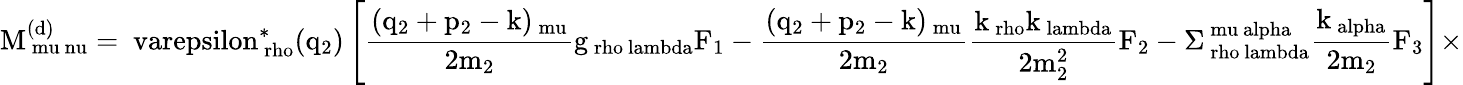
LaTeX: \mathrm{M_{\ mu\ nu}^{(d)}=\ varepsilon_{\ rho}^{\ast}(q_{2})\left[\frac{(q_{2}+p_{2}-k)_{\ mu}}{2m_{2}}g_{\ rho\ lambda}F_{1}-\frac{(q_{2}+p_{2}-k)_{\ mu}}{2m_{2}}\frac{k_{\ rho}k_{\ lambda}}{2m_{2}^{2}}F_{2}-\Sigma_{\ rho\ lambda}^{\ mu\ alpha}\frac{k_{\ alpha}}{2m_{2}}F_{3}\right]\times}